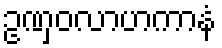
ဥဏှဝလာဟကာနံ